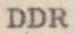
DDR